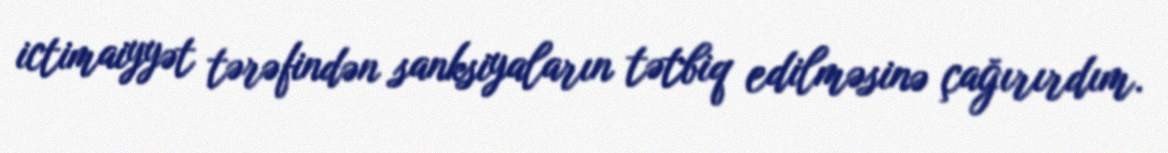
ictimaiyyət tərəfindən sanksiyaların tətbiq edilməsinə çağırırdım.